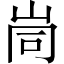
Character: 峝